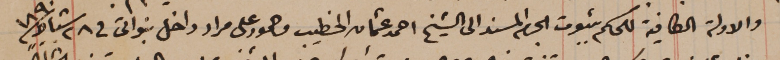
والادلة الكافية للحكم بثبوت الجرم المسند الى الشيخ احمد عثمان الخطيب وحمود على مراد داخل بنواتى في ٢٨ شباط سنة ١٨٩٠